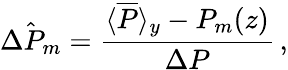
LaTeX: \hat{\Delta P_{m}}=\frac{\langle\overline{{P}}\rangle_{y}-P_{m}(z)}{\Delta P}\, ,